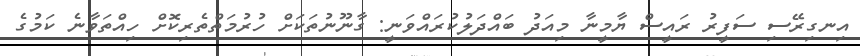
އިނގިރޭސި ސަފީރު ރައީސް ޔާމީނާ މިއަދު ބައްދަލުކުރައްވަނީ: ގާނޫނުތަކަށް ހުރުމަތްތެރިކޮށް ހިއްތަވާނެ ކަމުގެ